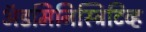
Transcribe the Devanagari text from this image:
अॅडमिनिस्ट्रिटिव्ह